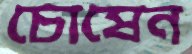
চোষেন